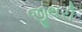
જીથરી